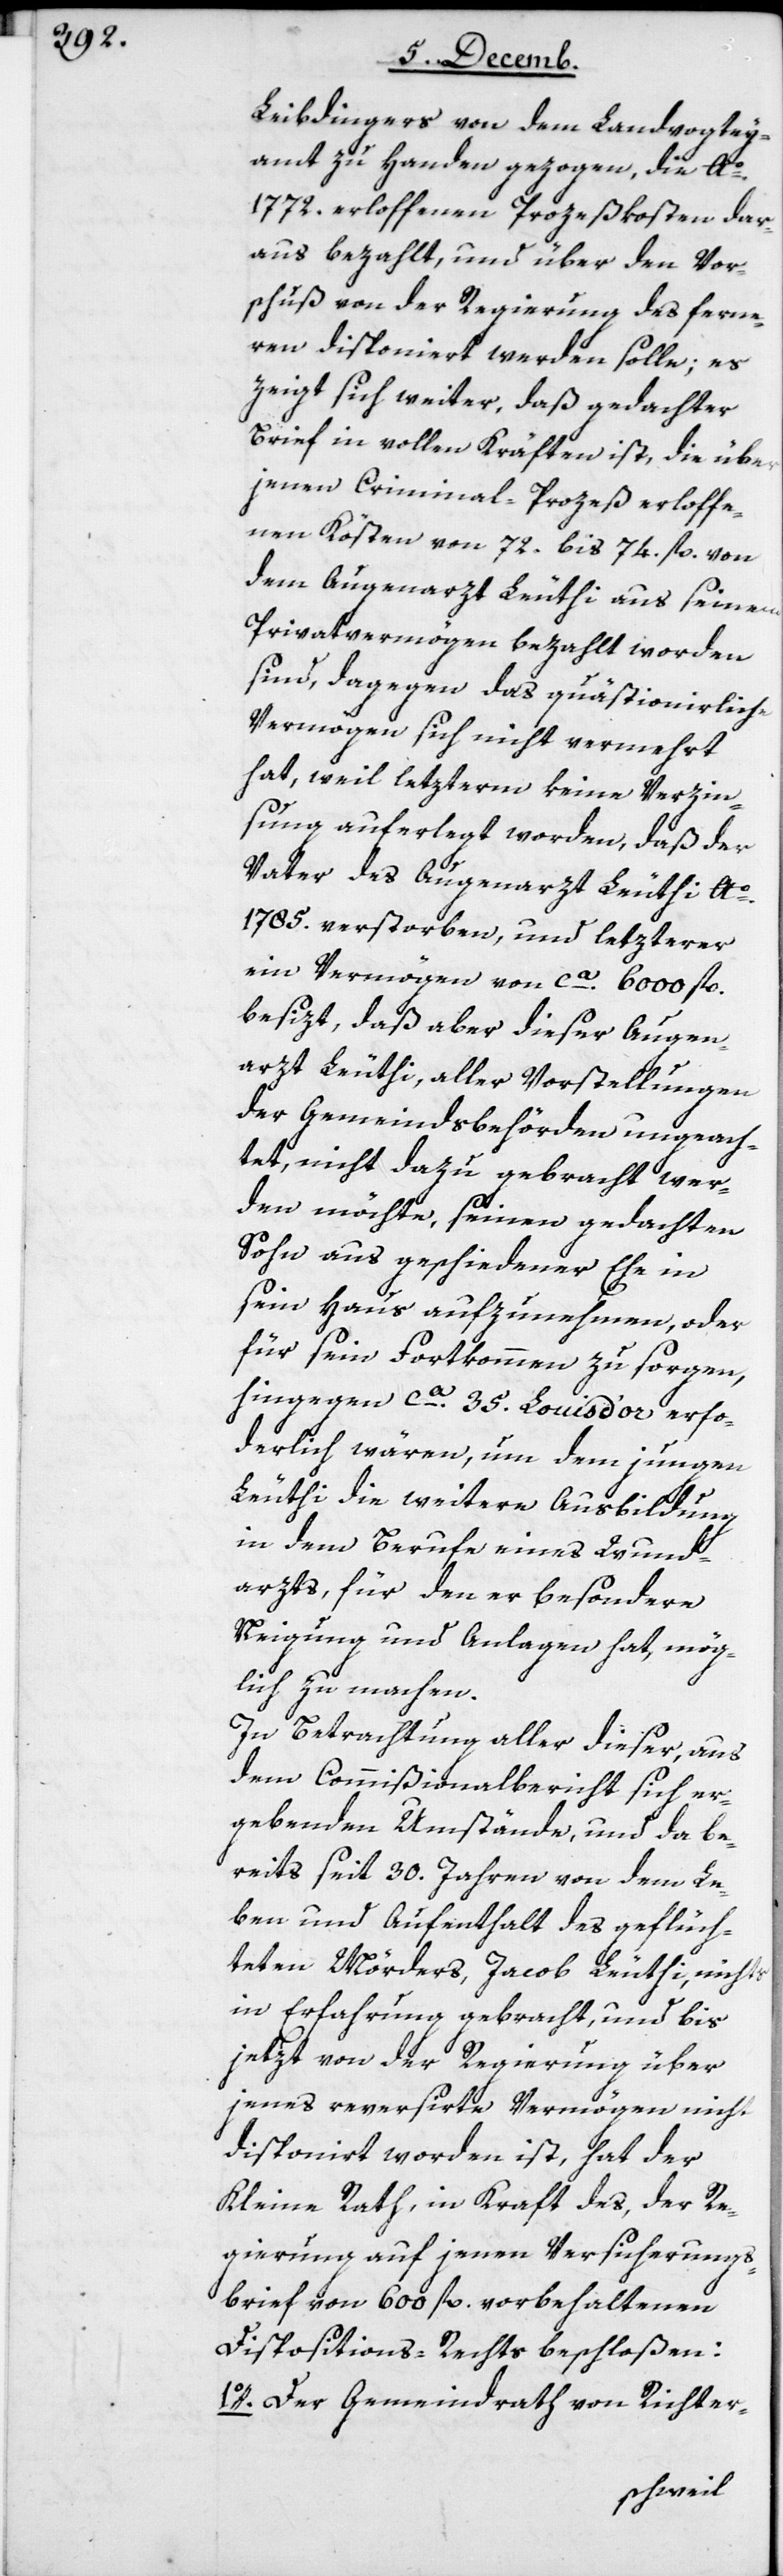
Leibdingers von dem Landvogtey¬
amt zu Handen gezogen, die Ao.
1772. erloffenen Prozeßkosten dar¬
aus bezahlt, und über den Vor¬
schuß von der Regierung des ferne¬
ren disponiert werden solle; es
zeigt sich weiter, daß gedachter
Brief in vollen Kräften ist, die über
jenen Criminal-Prozeß erloffe¬
nen Kösten von 72. bis 74. fl. von
dem Augenarzt Leuthi aus seinem
Privatvermögen bezahlt worden
sind, dagegen das quästionierliche
Vermögen sich nicht vermehrt
hat, weil letzterm keine Verzin¬
sung auferlegt worden, daß der
1785. verstorben, und letzterer
ein Vermögen von ca. 6000 fl.
besizt, daß aber dieser Augen¬
arzt Leuthi, aller Vorstellungen
der Gemeindsbehörden ungeach¬
tet, nicht dazu gebracht wer¬
den möchte, seinen gedachten
Sohn aus geschiedener Ehe in
sein Haus aufzunehmen, oder
für sein Fortkommen zu sorgen,
hingegen ca. 35 Louis d’or erfor¬
derlich wären, um dem jungen
Leuthi die weitere Ausbildung
in dem Berufe eines Wund¬
arzts, für den er besondere
Neigung und Anlagen hat, mög¬
lich zu machen.
In Betrachtung aller dieser, aus
den Commißionalbericht sich er¬
gebenden Umstände, und da be¬
reits seit 30. Jahren von dem Le¬
ben und Aufenthalt des geflüch¬
teten Mörders, Jacob Leuthi, nichts
in Erfahrung gebracht, und bis
jetzt von der Regierung über
jenes reversierte Vermögen nicht
disponiert worden ist, hat der
Kleine Rath, in Kraft des, der Re¬
gierung auf jenen Versicherungs¬
brief von 600 fl. vorbehaltenen
Dispositions-Rechts beschloßen:
1o. Der Gemeindrath von Richter-